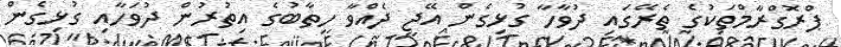
ޕްރޮގްރާމްތަކުގެ ތެރޭގައި ދުވާހާ ގުޅިގެން އޭޖީ ދެއްވާ ހިތާބުގެ އިތުރުން ދުވަހާއި ގުޅިގެން